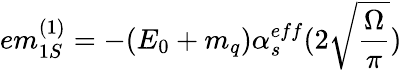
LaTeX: em_{1S}^{(1)}=-(E_{0}+m_{q})\alpha_{s}^{eff}(2\sqrt{\frac{\Omega}{\pi}})